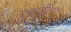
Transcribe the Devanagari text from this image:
एन॰डी॰ए॰